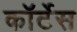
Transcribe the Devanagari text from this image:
कॉर्टेस